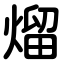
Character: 熘